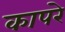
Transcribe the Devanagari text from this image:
कापरे